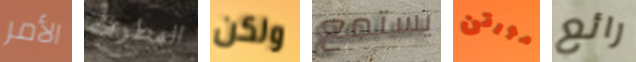
الأمر المطرقة ولكن يستمع مورتن رائع